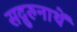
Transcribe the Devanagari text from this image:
सद्गुरुनाथें